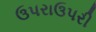
ઉપરાઉપરી